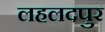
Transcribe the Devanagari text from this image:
लहलदपुर